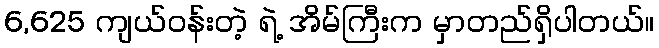
6,625 ကျယ်ဝန်းတဲ့ ရဲ့ အိမ်ကြီးက မှာတည်ရှိပါတယ်။